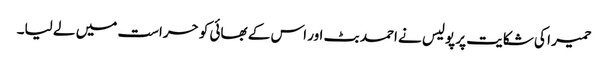
حمیر ا کی شکایت پر پولیس نے احمد بٹ اور اس کے بھائی کو حراست میں لے لیا۔